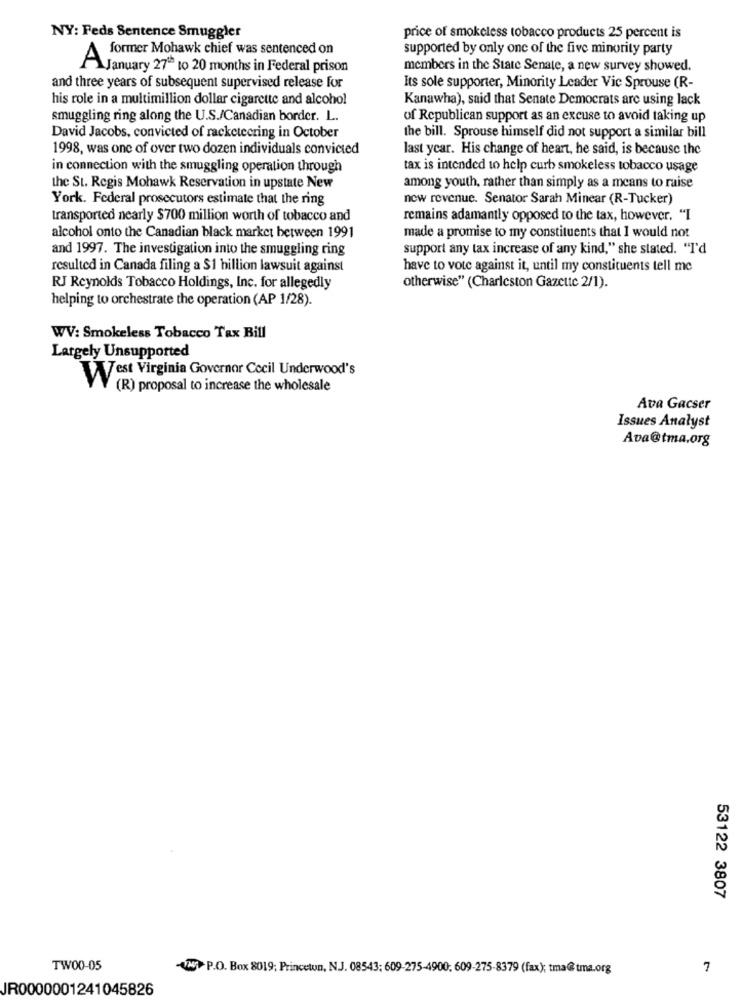
NY: Feds Sentence Smuggler
price of smokeless tobacco products 25 percent is
former Mohawk chief was sentenced on
supported by only one of the five minority party
AJanuary 27th to 20 months in Federal prison
members in the State Senate, a new survey showed.
and three years of subsequent supervised release for
Its sole supporter, Minority Leader Vie Sprouse (R-
his role in a multimillion dollar cigarette and alcohol
Kanawha), said that Senate Democrats are using lack
smuggling ring along the U.S./Canadian border. L.
of Republican support as an excuse to avoid taking up
David Jacobs, convicted of racketeering in October
the bill. Sprouse himself did not support a similar bill
1998, was one of over two dozen individuals convicted
last year. His change of heart, he said, is because the
in connection with the smuggling operation through
tax is intended to help curb smokeless tobacco usage
the St. Regis Mohawk Reservation in upstate New
among youth, rather than simply as a means to raise
York. Federal prosecutors estimate that the ring
new revenue. Senator Sarah Minear (R-Tucker)
transported nearly $700 million worth of tobacco and
remains adamantly opposed to the tax, however, "I
alcohol onto the Canadian black market between 1991
made a promise to my constituents that I would not
and 1997. The investigation into the smuggling ring
support any tax increase of any kind," she stated. "I'd
resulted in Canada filing a $1 billion lawsuit against
have to vote against it, until my constituents tell me
RJ Reynolds Tobacco Holdings, Inc. for allegedly
otherwise" (Charleston Gazette 2/1).
helping to orchestrate the operation (AP 1/28).
WV: Smokeless Tobacco Tax Bill
Largely Unsupported
West Virginia Governor Cecil Underwood's
(R) proposal to increase the wholesale
Ava Gacser
Issues Analyst
Ava@tma.org
53122 3807
TW00-05
-VW P.O. Box 8019; Princeton, N.J. 08543; 609-275-4900; 609-275-8379 (fax); tma@tma.org
7
JR0000001241045826